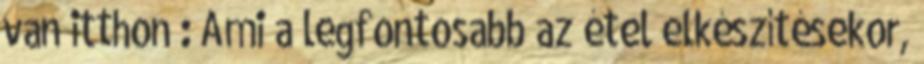
van itthon : Ami a legfontosabb az étel elkészítésekor,